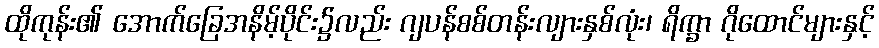
ထိုကုန်း၏ အောက်ခြေအနိမ့်ပိုင်း၌လည်း ဂျပန်စစ်တန်းလျားနှစ်လုံး၊ ရိက္ခာ ဂိုထောင်များနှင့်